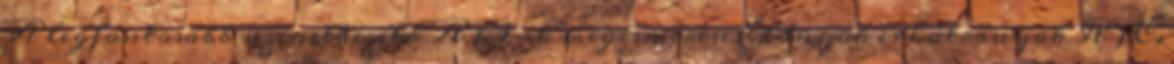
A legfontosabb üzenetkezelő API-k megismerése Előnyök és hátrányok RPC,